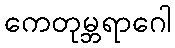
ကေတုမ္ဘရာဂေါ